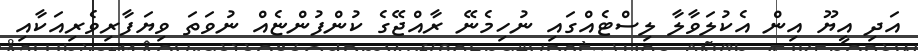
އަދި އީޔޫ އިން އެކުލަވާލާ ލިސްޓެއްގައި ނުހިމެނޭ ރާއްޖޭގެ ކުންފުންޏެއް ނުވަތަ ވިޔަފާރިވެރިއަކާއި